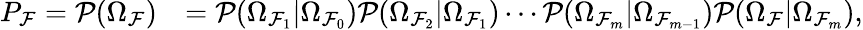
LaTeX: \begin{array}{rl}{P_{\mathcal{F}}=\mathcal{P}(\Omega_{\mathcal{F}})}&{=\mathcal{P}(\Omega_{\mathcal{F}_{1}}|\Omega_{\mathcal{F}_{0}})\mathcal{P}(\Omega_{\mathcal{F}_{2}}|\Omega_{\mathcal{F}_{1}})\cdots\mathcal{P}(\Omega_{\mathcal{F}_{m}}|\Omega_{\mathcal{F}_{m-1}})\mathcal{P}(\Omega_{\mathcal{F}}|\Omega_{\mathcal{F}_{m}}),}\end{array}